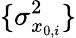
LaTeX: \{ \sigma_{x_{0,i}}^{2}\}